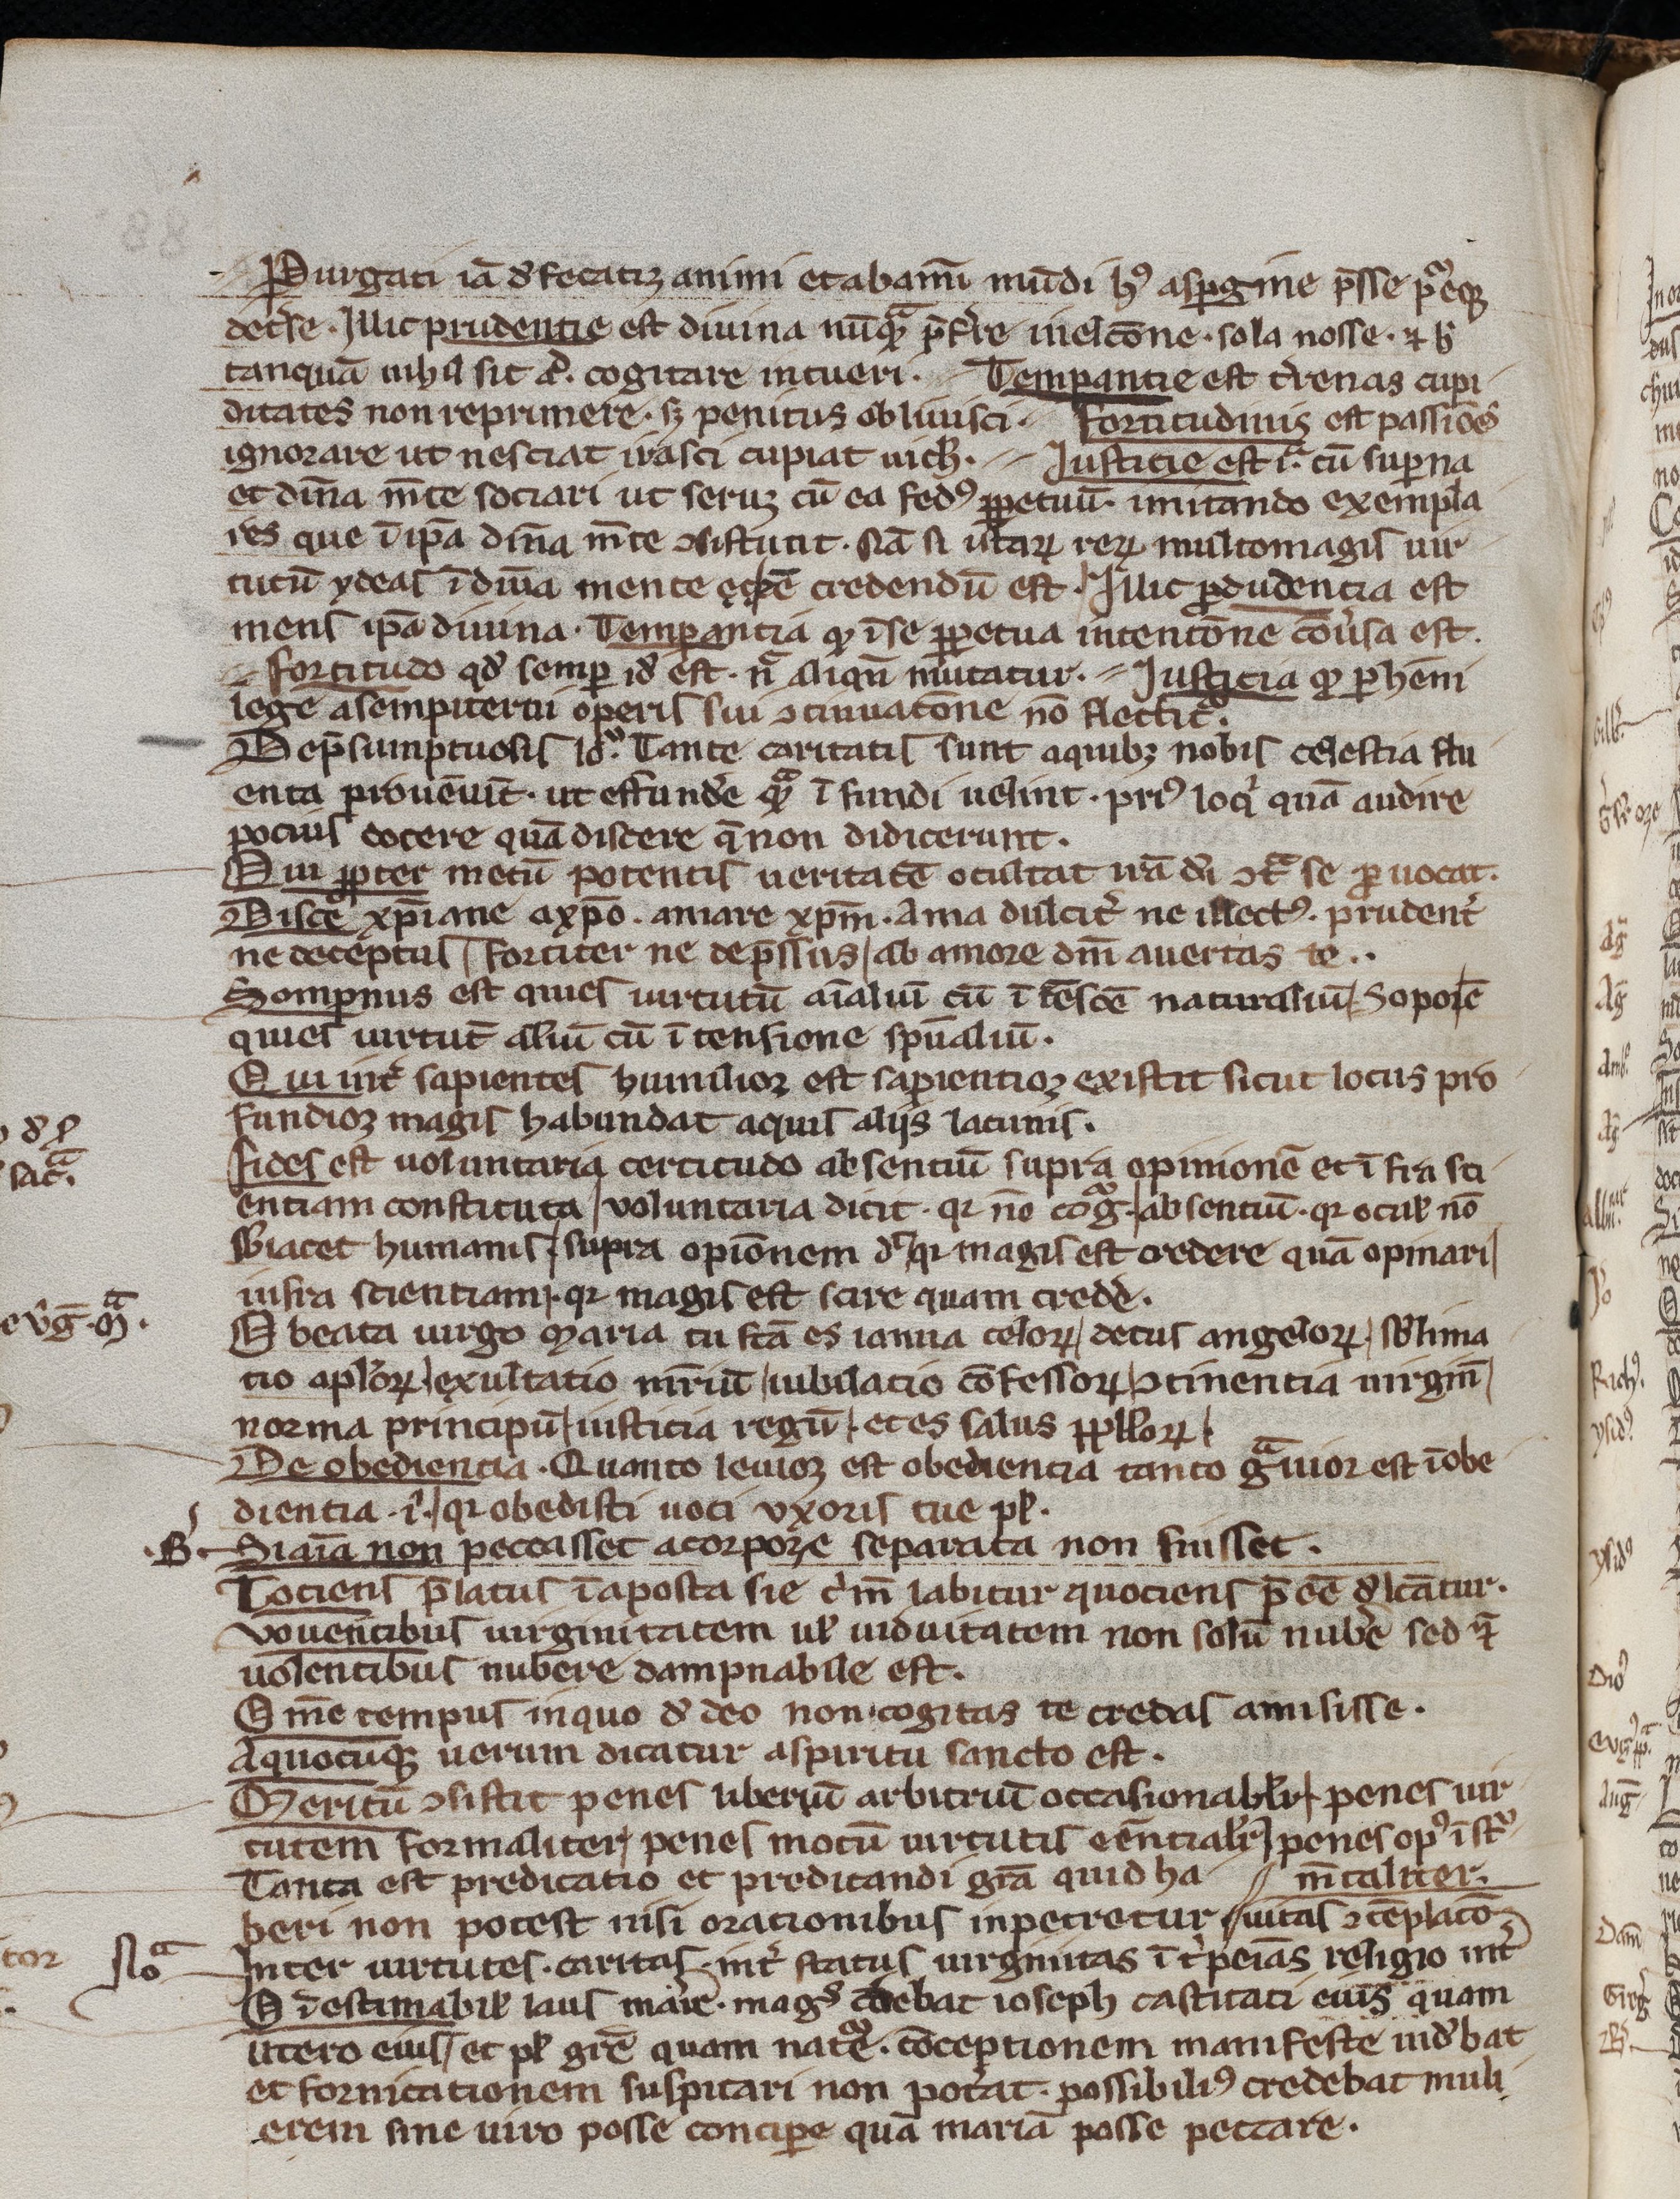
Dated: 1200–1299